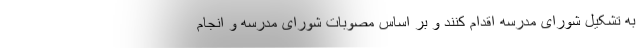
به تشکیل شورای مدرسه اقدام کنند و بر اساس مصوبات شورای مدرسه و انجام